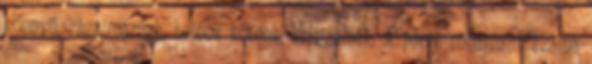
könnyű, rágalmaznak, belénk kötnek, kritizálnak. A pánik rohamaim száma